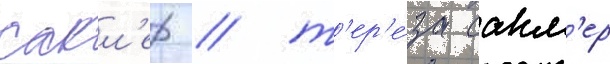
сакл'ер / т'ер'е́за сакл'ер